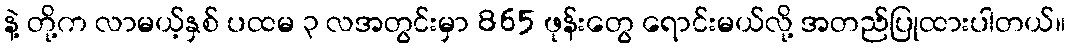
နဲ့ တို့က လာမယ့်နှစ် ပထမ ၃ လအတွင်းမှာ 865 ဖုန်းတွေ ရောင်းမယ်လို့ အတည်ပြုထားပါတယ်။